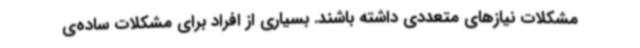
مشکلات نیازهای متعددی داشته باشند. بسیاری از افراد برای مشکلات ساده‌ی